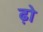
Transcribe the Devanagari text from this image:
ढ़ो